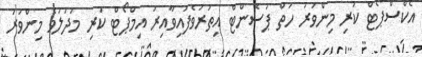
އެކްސްޕޯޓް ކުރި މިންވަރު ހަތް ޕަސެންޓް އިތުރުވެފައިވާއިރު އިމްޕޯޓް ކުރި މުދަލުވެ މިންވަރު